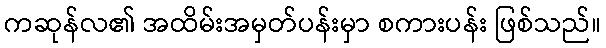
ကဆုန်လ၏ အထိမ်းအမှတ်ပန်းမှာ စကားပန်း ဖြစ်သည်။